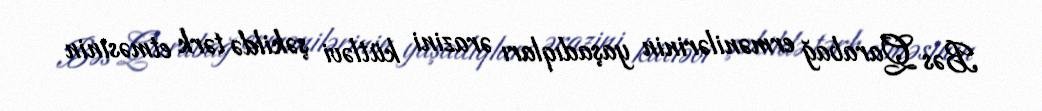
Bəs Qarabağ ermənilərinin yaşadıqları ərazini kütləvi şəkildə tərk etməsinin